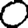
Digit: 0